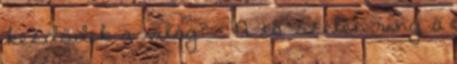
kezdődik a világ? – A tó szélén ring a